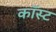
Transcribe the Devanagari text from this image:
कॉस्‍ट